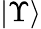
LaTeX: |\Upsilon\rangle